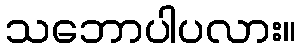
သဘောပါပလား။